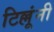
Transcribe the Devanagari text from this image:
टिल्लूंनी